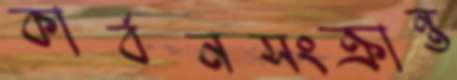
কার্বনসংক্রান্ত